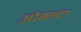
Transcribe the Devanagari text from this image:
ओकल्टा